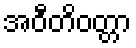
အဝီတိဝတ္တာ